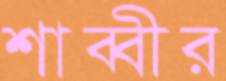
শাব্বীর